V__Kingissepa_nim__kolhoos, lk 17
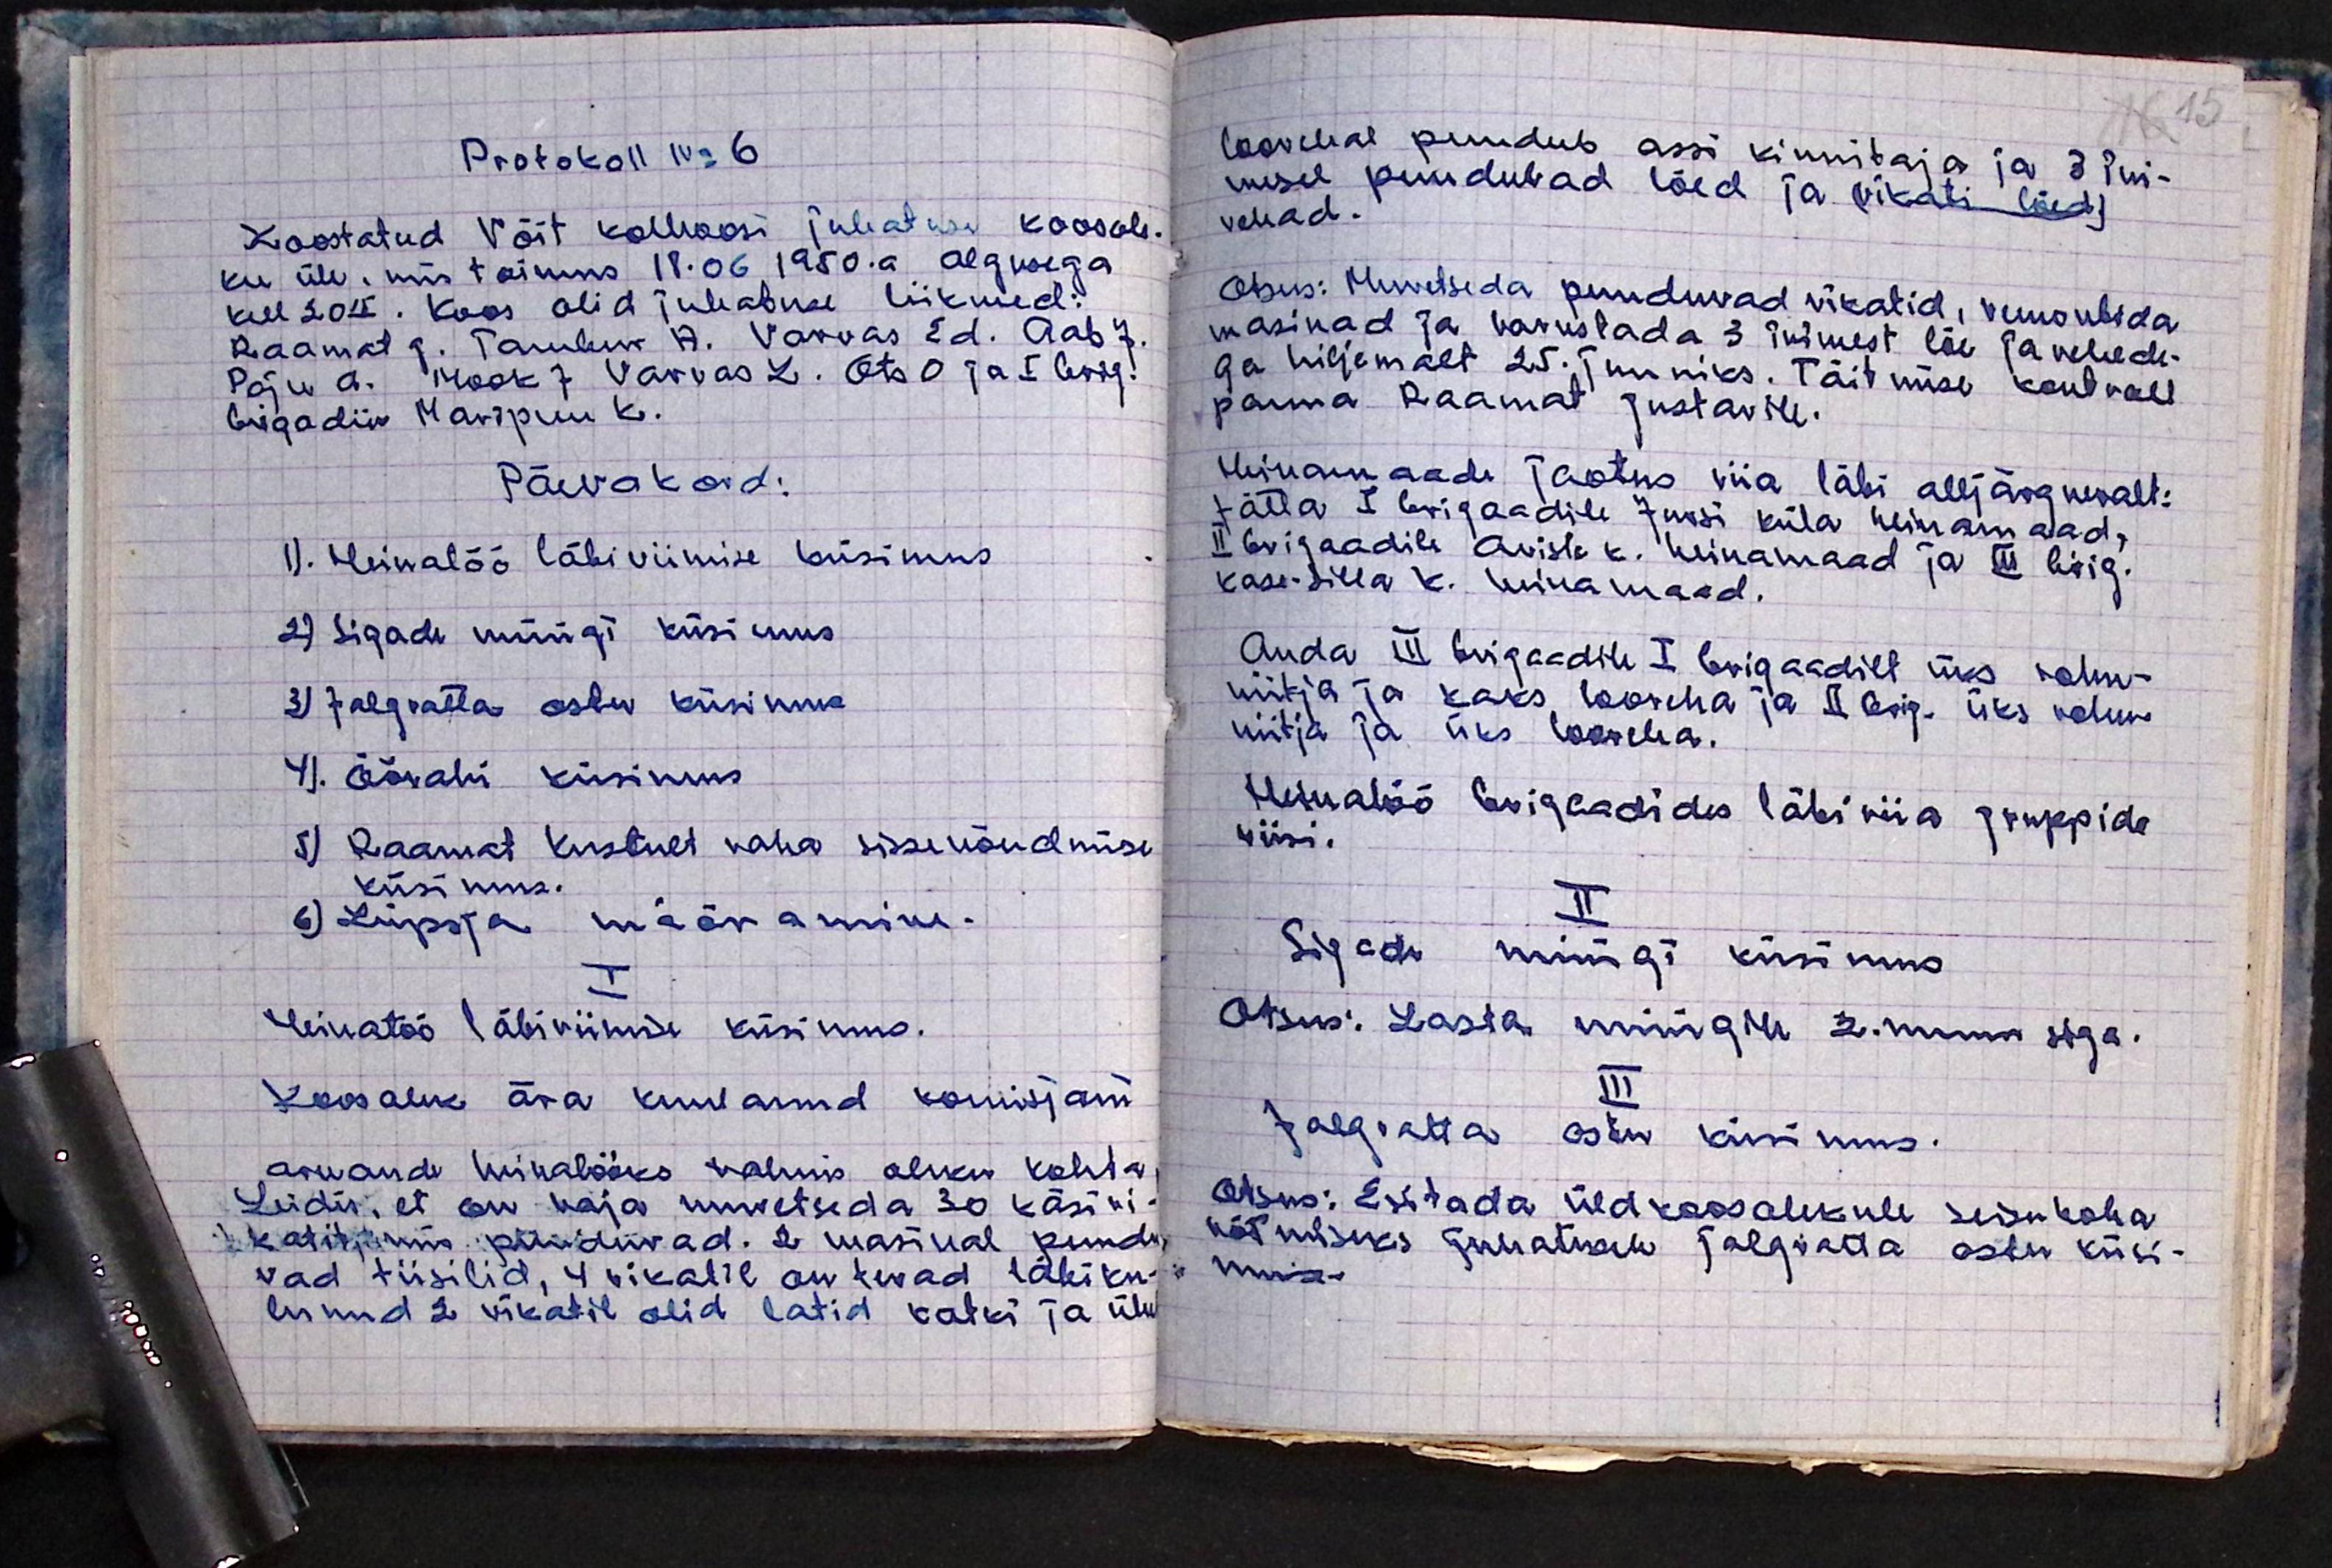
Protokoll No 6
Koostatud Võit kolhoosi juhatuse koosole-
ku üle, mis toimus 18.06.1950.a algusega
kell 20.15. Koos olid juhatuse liikmed:
Raamat G. Tambur A. Varvas Ed. Aab J.
Paju A. Mook J Varvas Z. Ots O ja I brig.
brigadiir Maripuu K.
Päevakord:
1). Heinatöö läbiviimise küsimus
2) Sigade müügi küsimus
3) Jalgratta ostu küsimus
4). Öövahi küsimus
5) Raamat Kustult raha sissenõudmise
küsimus.
6) Lüpsja määramine.
I
Heinatöö läbiviimise küsimus.
Koosolek ära kuulanud komisjoni
aruande heinatööks valmis oleku kohta
Leidis, et on vaja muretseda 30 käsi vi-
katit, mis puuduvad. 2 masinal puudu
vad tiisilid, 4 vikatil on terad läbiku-
lunud 2 vikatil olid latid katki ja ühel

loorehal puudub assi kinnitaja ja 3 ini-
mesel puuduvad löed ja (vikati löed)
rehad.
Otsus: Muretseda puuduvad vikatid, remontida
masinad ja varustada 3 inimest löe ja rehede-
ga hiljemalt 25. juuniks. Täitmise kontroll
panna Raamat Gustavile.
Heinamaade jaotus viia läbi alljärgnevalt:
täita I brigaadile Jursi küla heinamaad,
II brigaadile Aviste k. heinamaad ja III brig.
Kase-Silla k. heinamaad.
Anda III brigaadile I brigaadilt üks rohu-
niitja ja kaks looreha ja II brig. üks rohu-
niitja ja üks looreha.
Heinatöö brigaadides läbi viia gruppide
viisi.
II
Sigade müügi küsimus
Otsus: Lasta müügile 2. nuum siga.
III
Jalgratta ostu küsimus.
Otsus: Esitada üldkoosolekule seisukoha
võtmiseks juhatusele jalgratta ostu küsi-
mus.